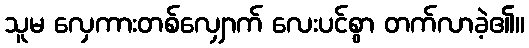
သူမ လှေကားတစ်လျှောက် လေးပင်စွာ တက်လာခဲ့၏။